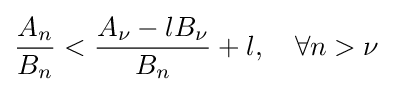
{\frac {A_{n}}{B_{n}}}<{\frac {A_{\nu }-lB_{\nu }}{B_{n}}}+l,\quad \forall n>\nu